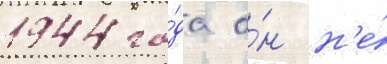
1944 го́да о́н н'е́